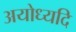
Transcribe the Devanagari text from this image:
अयोध्यदि